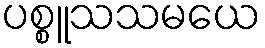
ပစ္စူသသမယေ